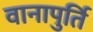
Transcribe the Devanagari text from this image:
वानापुर्ति